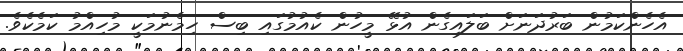
އެހެންކަމުން ބަރުދަނަށް ބަލައިގެން އުޅޭ މީހުން ކެއުމުގައި ބިސް ހިމެނުމަކީ މުހިއްމު ކަމެކެވެ.